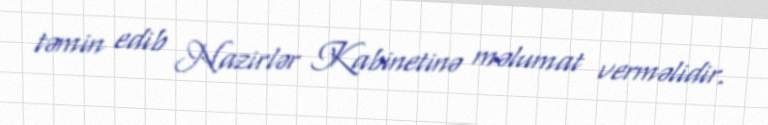
təmin edib Nazirlər Kabinetinə məlumat verməlidir.